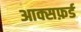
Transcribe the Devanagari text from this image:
आक्सफ़र्ड